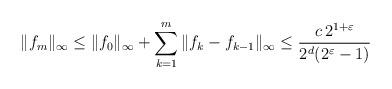
LaTeX: \begin{align*} \|f_m\|_\infty \leq \|f_0\|_\infty+\sum_{k=1}^m\|f_k-f_{k-1}\|_\infty \leq \frac{c\,2^{1+\varepsilon}}{2^d(2^\varepsilon-1)} \end{align*}